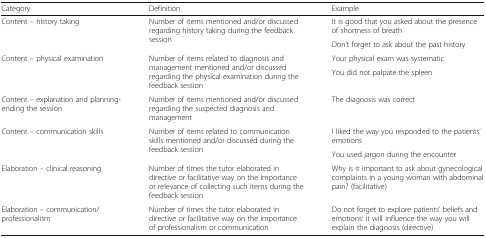
<table><thead><tr><td><b>Category</b></td><td><b>Definition</b></td><td><b>Example</b></td></tr></thead><tbody><tr><td rowspan="2">Content – history taking</td><td rowspan="2">Number of items mentioned and/or discussed regarding history taking during the feedback session</td><td>It is good that you asked about the presence of shortness of breath</td></tr><tr><td>Don’t forget to ask about the past history</td></tr><tr><td rowspan="2">Content – physical examination</td><td rowspan="2">Number of items related to diagnosis and management mentioned and/or discussed regarding the physical examination during the feedback session</td><td>Your physical exam was systematic</td></tr><tr><td>You did not palpate the spleen</td></tr><tr><td>Content – explanation and planning-ending the session</td><td>Number of items mentioned and/or discussed regarding the suspected diagnosis and management</td><td>The diagnosis was correct</td></tr><tr><td rowspan="2">Content – communication skills</td><td rowspan="2">Number of items related to communication skills mentioned and/or discussed during the feedback session</td><td>I liked the way you responded to the patients’ emotions</td></tr><tr><td>You used jargon during the encounter</td></tr><tr><td>Elaboration – clinical reasoning</td><td>Number of times the tutor elaborated in directive or facilitative way on the importance or relevance of collecting such items during the feedback session</td><td>Why is it important to ask about gynecological complaints in a young woman with abdominal pain? (facilitative)</td></tr><tr><td>Elaboration – communication/professionalism</td><td>Number of times the tutor elaborated in directive or facilitative way on the importance of professionalism or communication</td><td>Do not forget to explore patients’ beliefs and emotions: it will influence the way you will explain the diagnosis (directive)</td></tr></tbody></table>